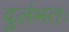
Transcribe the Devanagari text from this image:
दुर्लभतः